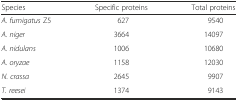
<table><thead><tr><td><b>Species</b></td><td><b>Specific proteins</b></td><td><b>Total proteins</b></td></tr></thead><tbody><tr><td><i>A. fumigatus</i> Z5</td><td>627</td><td>9540</td></tr><tr><td><i>A. niger</i></td><td>3664</td><td>14097</td></tr><tr><td><i>A. nidulans</i></td><td>1006</td><td>10680</td></tr><tr><td><i>A. oryzae</i></td><td>1158</td><td>12030</td></tr><tr><td><i>N. crassa</i></td><td>2645</td><td>9907</td></tr><tr><td><i>T. reesei</i></td><td>1374</td><td>9143</td></tr></tbody></table>